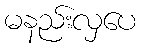
မနည်းလှပေ